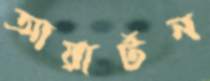
আয়ার্টন